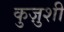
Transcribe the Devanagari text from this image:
कुज़ुशी